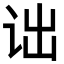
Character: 诎